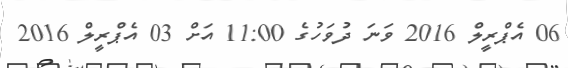
06 އެޕްރީލް 2016 ވަނަ ދުވަހުގެ 11:00 އަށް 03 އެޕްރީލް 2016